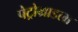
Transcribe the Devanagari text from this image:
पेट्रोग्राडला